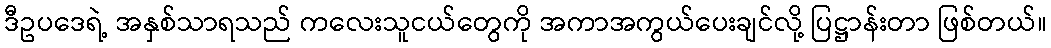
ဒီဥပဒေရဲ့ အနှစ်သာရသည် ကလေးသူငယ်တွေကို အကာအကွယ်ပေးချင်လို့ ပြဋ္ဌာန်းတာ ဖြစ်တယ်။